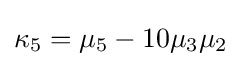
{\textstyle \kappa _{5}=\mu _{5}-10\mu _{3}\mu _{2}}